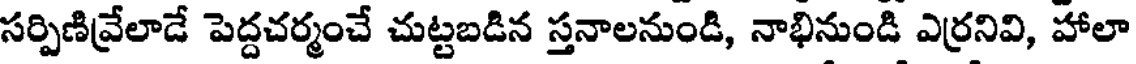
సర్పిణివ్రేలాడే పెద్దచర్మంచే చుట్టబడిన స్తనాలనుండి, నాభినుండి ఎర్రనివి, హాలా